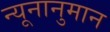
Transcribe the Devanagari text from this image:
न्यूनानुमान